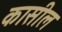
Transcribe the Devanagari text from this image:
कासील